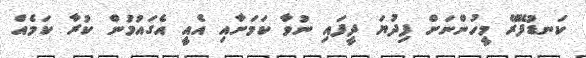
ކަނޑުފޭރޭ މީހުންނަށް ފިދުޔަ ދީފައި ނުވާ ކަމަށާއި އެއީ އެގައުމުން ކުރާ ކަމެއް